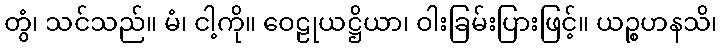
တွံ၊ သင်သည်။ မံ၊ ငါ့ကို။ ဝေဠုယဋ္ဌိယာ၊ ဝါးခြမ်းပြားဖြင့်။ ယဉ္စဟနသိ၊